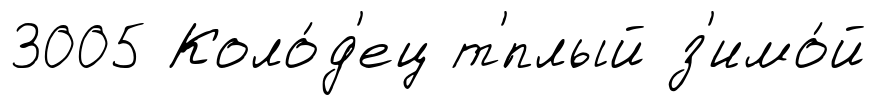
3005 Коло́д'ец т'́плый з'имо́й